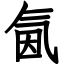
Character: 氤